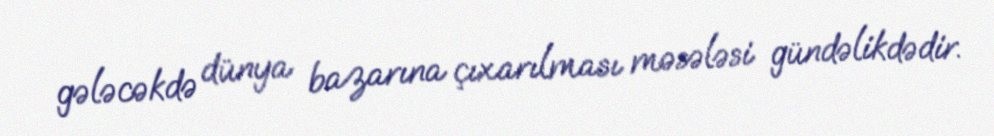
gələcəkdə dünya bazarına çıxarılması məsələsi gündəlikdədir.